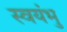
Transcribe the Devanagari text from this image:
स्‍वयंभु